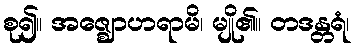
စု၍။ အဇ္ဈောဟရာမိ၊ မျို၏။ တဒန္တရံ၊